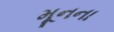
મૂનના